Report of the Imperial Institute of Veterinary Research, Muktesar
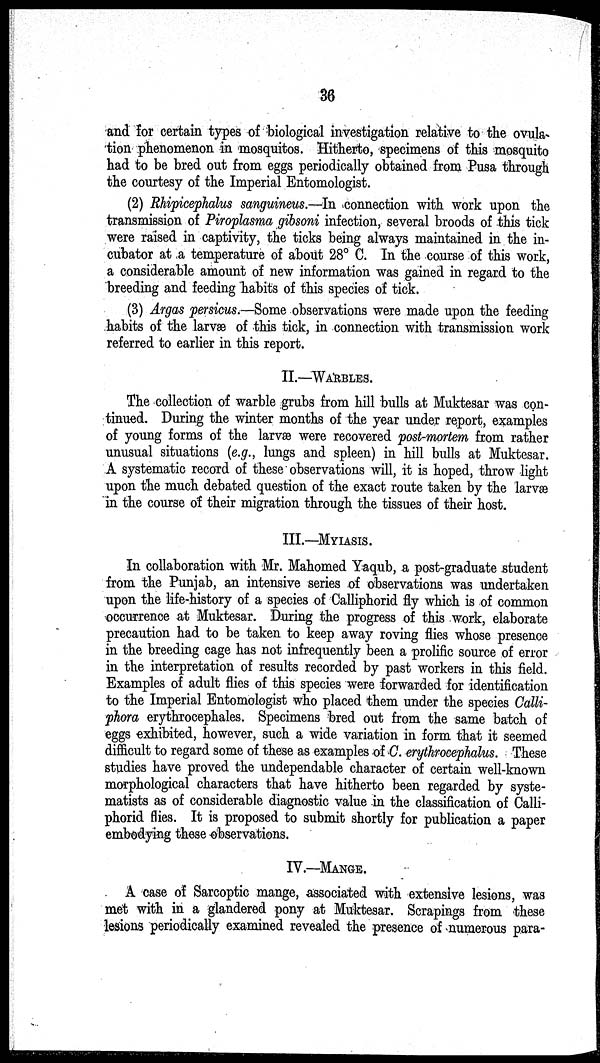
36
and for certain types of biological investigation relative to the ovula-
tion phenomenon in mosquitos. Hitherto, specimens of this mosquito
had to be bred out from eggs periodically obtained from Pusa through
the courtesy of the Imperial Entomologist.
(2) Rhipicephalus sanguineus.—In connection with work upon the
transmission of Piroplasma gibsoni infection, several broods of this tick
were raised in captivity, the ticks being always maintained in the in-
cubator at a temperature of about 28° C. In the course of this work,
a considerable amount of new information was gained in regard to the
breeding and feeding habits of this species of tick.
(3) Argas persicus.—Some observations were made upon the feeding
habits of the larvæ of this tick, in connection with transmission work
referred to earlier in this report.
II.—WARBLES.
The collection of warble grubs from hill bulls at Muktesar was con-
tinued. During the winter months of the year under report, examples
of young forms of the larvæ were recovered post-mortem from rather
unusual situations (e.g., lungs and spleen) in hill bulls at Muktesar.
A systematic record of these observations will, it is hoped, throw light
upon the much debated question of the exact route taken by the larvæ
in the course of their migration through the tissues of their host.
III.—MYIASIS.
In collaboration with Mr. Mahomed Yaqub, a post-graduate student
from the Punjab, an intensive series of observations was undertaken
upon the life-history of a species of Calliphorid fly which is of common
occurrence at Muktesar. During the progress of this work, elaborate
precaution had to be taken to keep away roving flies whose presence
in the breeding cage has not infrequently been a prolific source of error
in the interpretation of results recorded by past workers in this field.
Examples of adult flies of this species were forwarded for identification
to the Imperial Entomologist who placed them under the species Calli-
phora erythrocephales. Specimens bred out from the same batch of
eggs exhibited, however, such a wide variation in form that it seemed
difficult to regard some of these as examples of C. erythrocephalus. These
studies have proved the undependable character of certain well-known
morphological characters that have hitherto been regarded by syste-
matists as of considerable diagnostic value in the classification of Calli-
phorid flies. It is proposed to submit shortly for publication a paper
embodying these observations.
IV.—MANGE.
A case of Sarcoptic mange, associated with extensive lesions, was
met with in a glandered pony at Muktesar. Scrapings from these
lesions periodically examined revealed the presence of numerous para-